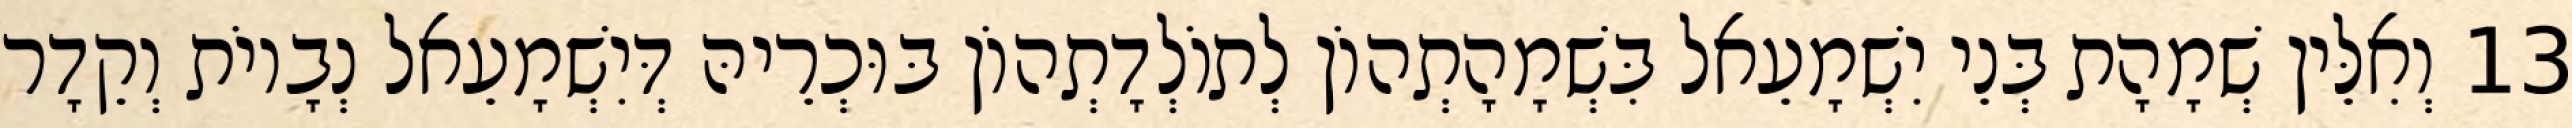
13 וְאִלֵּין שְׁמָהָת בְּנֵי יִשְׁמָעֵאל בִּשְׁמָהָתְהוֹן לְתוֹלְדָתְהוֹן בּוּכְרֵיהּ דְּיִשְׁמָעֵאל נְבָיוֹת וְקֵדָר